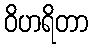
ဝိဟရိတာ